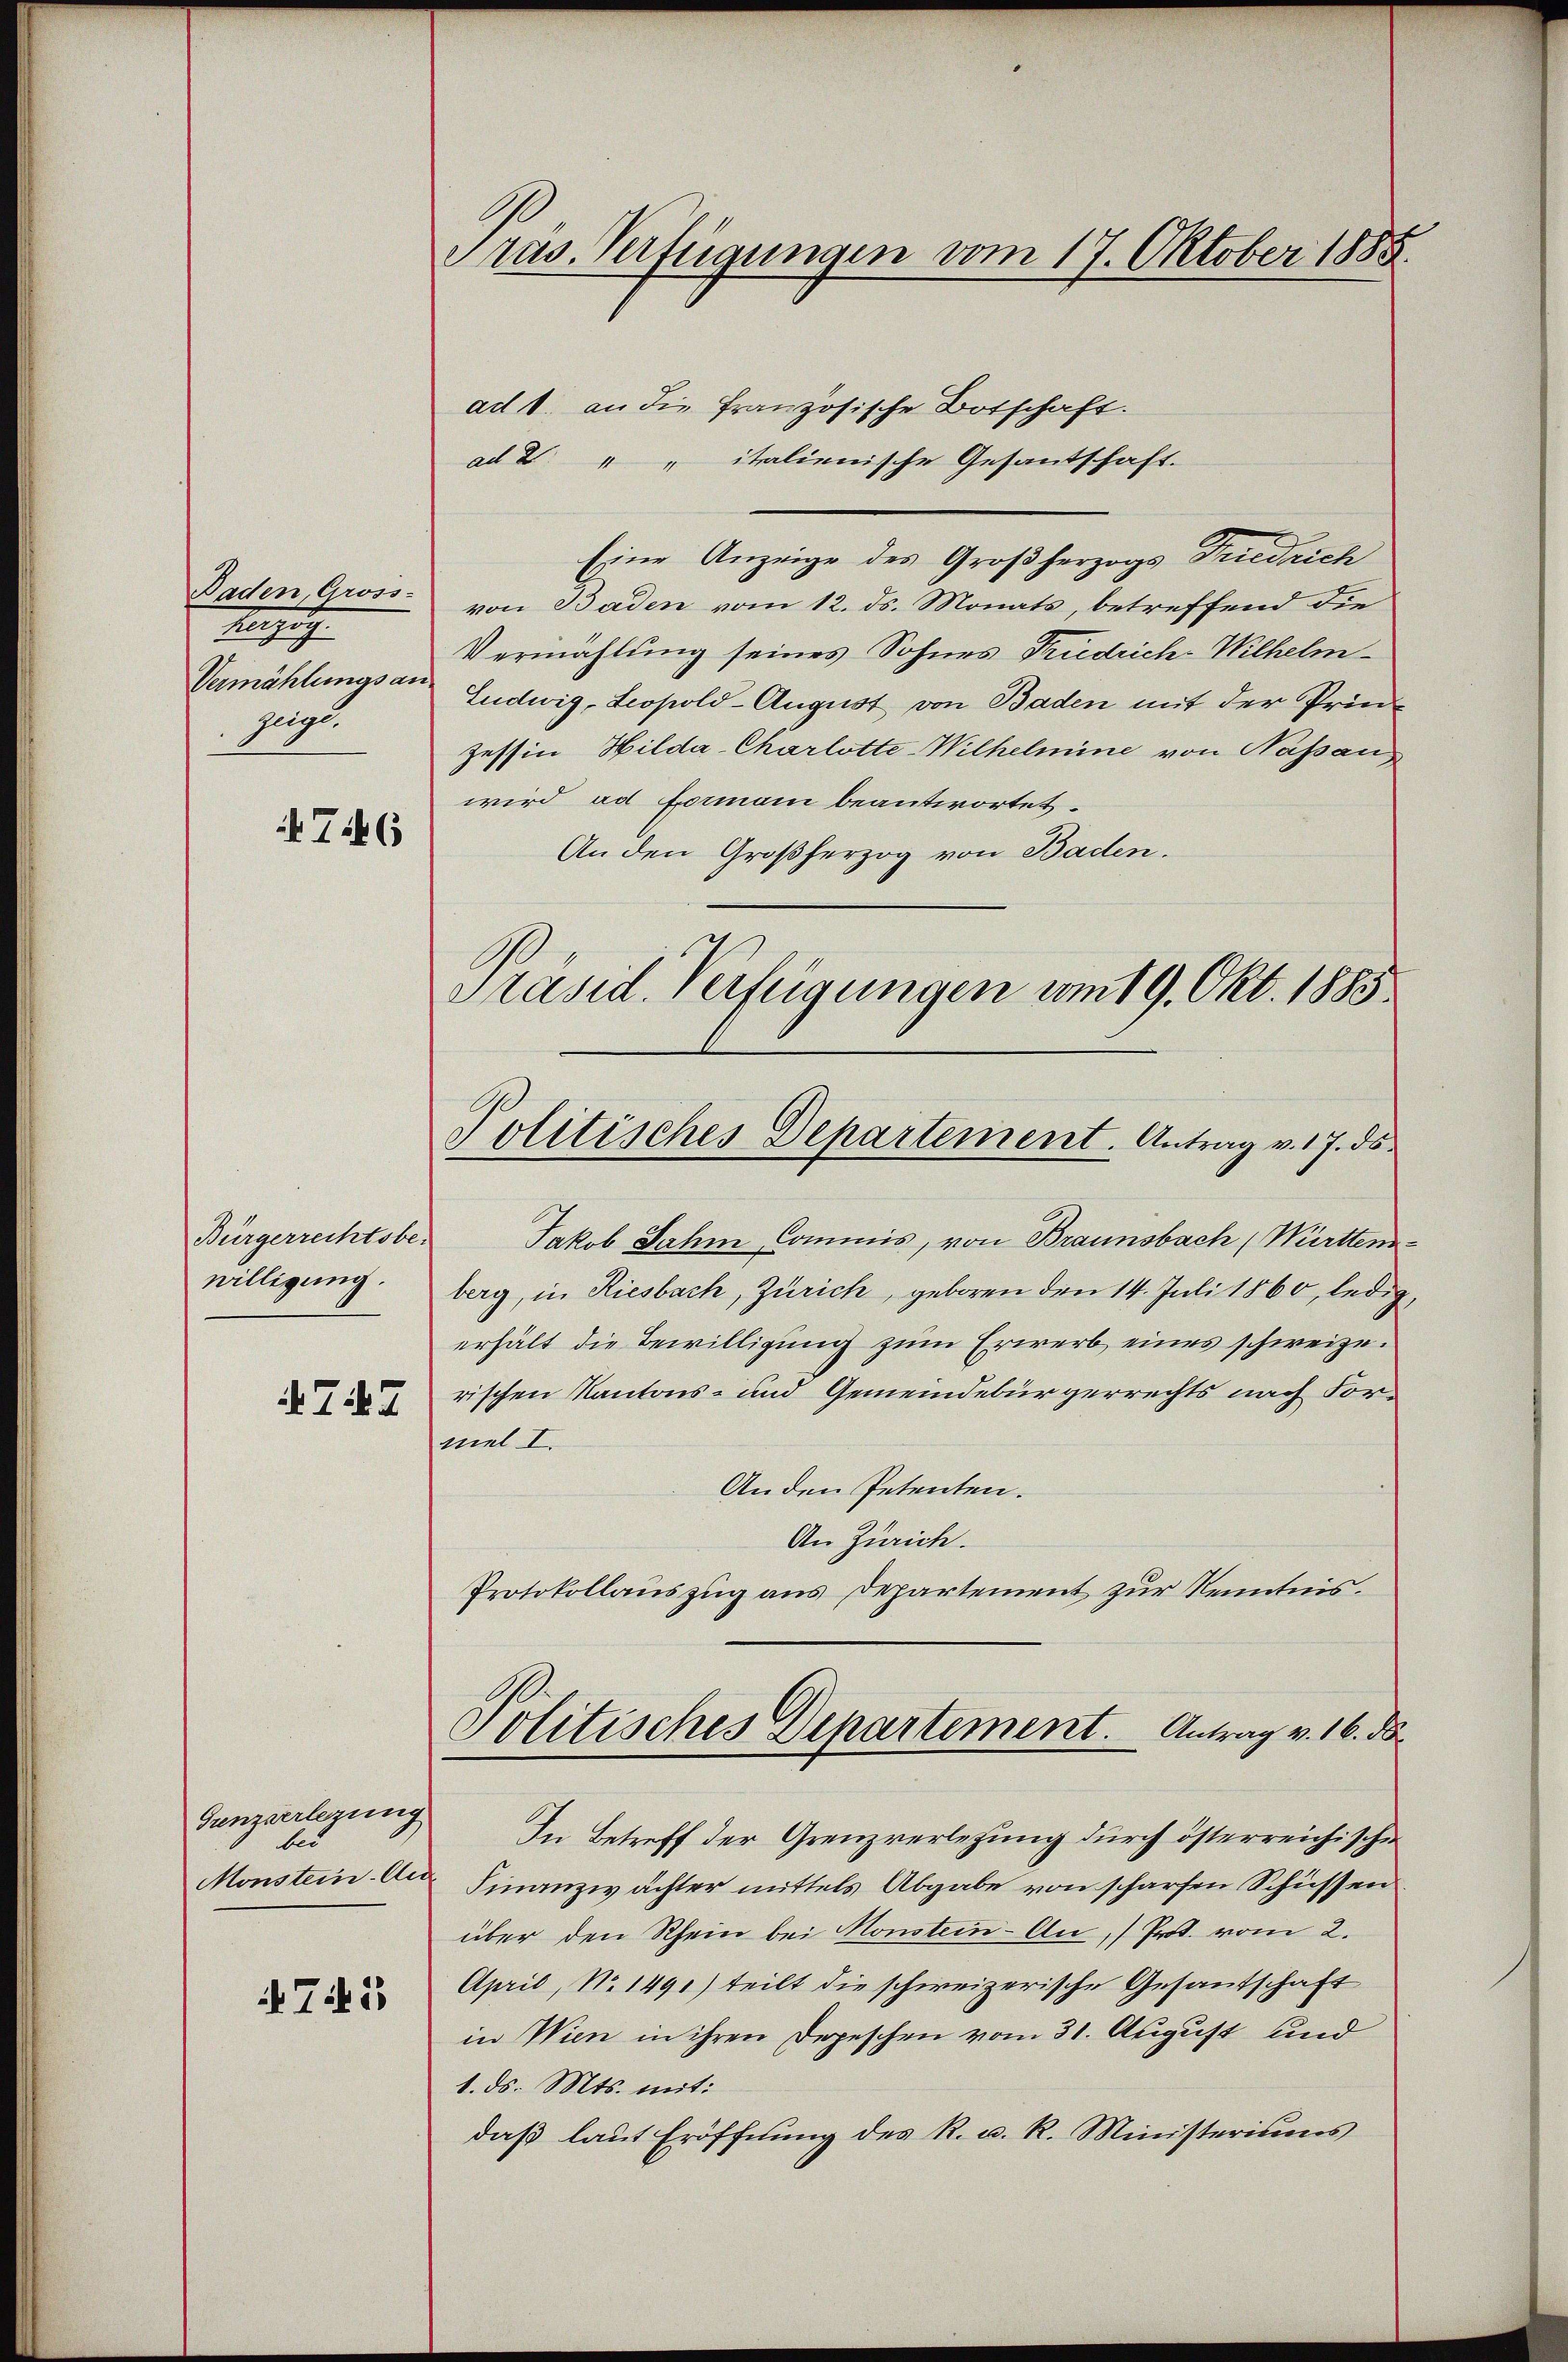
Baden, Gross-
Anzug
Vermählungsanzuge

76

Bürgerrechtsber
willigung.
747

Gunzverlegung
bei

i Tis

Präs. Verfügungen vom 17. Oktober 1885.

ad 1. an die Französische Botschaft.
ad 2. " " italienische Gesantschaft.
Eine Anzeige des Großherzogs Friedrich
von Baden vom 12. ds. Monats, betreffend die
Vermählung seines Sohnes Friedrich-Wilhelm
Ludwig, Leopold-August von Baden mit der Prin¬
Zessin Hilda Charlotte Wilhelmine von Nassau
wird ad Formani beantwortet.
An den Großherzog von Baden.
Präsid. Verfügungen vom 19. Okt. 1883.

Jakob Jahr Commis, von Braunsbach (Mürttemberg, in Riesbach, Zürich, geboren den 14. Juli 1860, ledig,
erhält die Bewilligung zum Erwerb eines schweizerischen Kantons- und Gemeindebürgerrechts nach Formel I.
Anden Petenten.
An Zürich.
Protokollauszug aus Departement zur Kenntnis.
Politisches Departement. Antrag v. 16. ds.
In Betreff der Grenzverlegung durch österreichischen
Monstein der Finanzwächter mittels Abgabe von scharfen Schüssen
über den Rhein bei Monstein-An, (Prot. vom 2.
April, No. 1490) teilt die schweizerische Gesandschaft
in Wien in ihren Depeschen vom 31. August und
1. ds. Mts. mit:
daβ laŭt Eröffnŭng des R. u. R. Ministeriums

Politisches Departement. Antrag v. 17. ds.